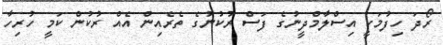
ރޯދަ ހިފުމަކީ އިސްލާމްދީނުގެ ފަސް ރުކުނުގެ ތެރެއިން އެއް ރުކުން ކަމީ ހުރިހާ